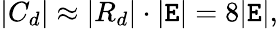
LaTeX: |C_{d}|\approx|R_{d}|\cdot|\mathtt{E}|=8|\mathtt{E}|,